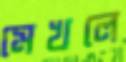
মেখলে